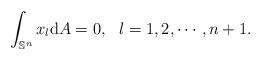
LaTeX: \begin{align*}\int_{\mathbb{S}^n} x_l \mathrm{d}A=0,\ \ l=1,2,\cdots,n+1. \end{align*}